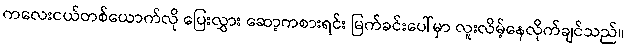
ကလေးငယ်တစ်ယောက်လို ပြေးလွှား ဆော့ကစားရင်း မြက်ခင်းပေါ်မှာ လူးလိမ့်နေလိုက်ချင်သည်။